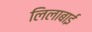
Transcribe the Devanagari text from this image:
लिलाबाई